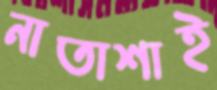
নাতাশাই